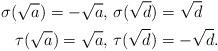
LaTeX: \begin{align*} \sigma(\sqrt{a})=-\sqrt{a},\ &\sigma(\sqrt{d})=\sqrt{d}\\ \tau(\sqrt{a})=\sqrt{a},\ &\tau(\sqrt{d})=-\sqrt{d}.\end{align*}